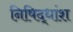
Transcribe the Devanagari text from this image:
निषिद्धांश